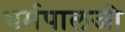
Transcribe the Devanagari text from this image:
धर्मपालजी